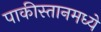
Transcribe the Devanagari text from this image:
पाकीस्तानमध्ये